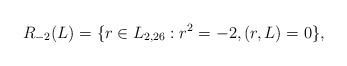
\begin{align*}R_{-2}(L) = \{r \in L_{2,26} : r^2 = -2, (r,L) = 0\},\end{align*}